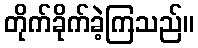
တိုက်ခိုက်ခဲ့ကြသည်။